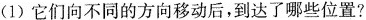
(1)它们向不同的方向移动后，到达了哪些位置?